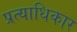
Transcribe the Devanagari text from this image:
प्रत्याधिकार